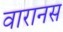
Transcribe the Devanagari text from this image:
वारानस